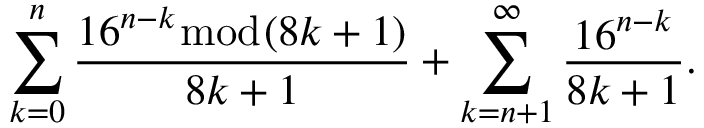
\sum _ { k = 0 } ^ { n } { \frac { 1 6 ^ { n - k } { \bmod { ( } } 8 k + 1 ) } { 8 k + 1 } } + \sum _ { k = n + 1 } ^ { \infty } { \frac { 1 6 ^ { n - k } } { 8 k + 1 } } .